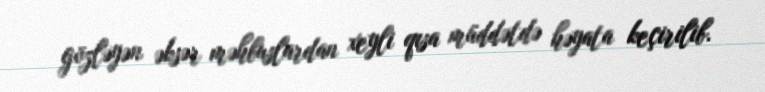
gözləyən əksər məhbuslardan xeyli qısa müddətdə həyata keçirilib.